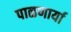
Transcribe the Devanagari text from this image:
पाळणार्या